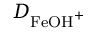
D _ { \mathrm { F e O H } ^ { + } }